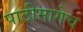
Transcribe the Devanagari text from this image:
पाठीमागेच